Vaccination in the Punjab 1867-1880 - 1867-1880
Year: 1867
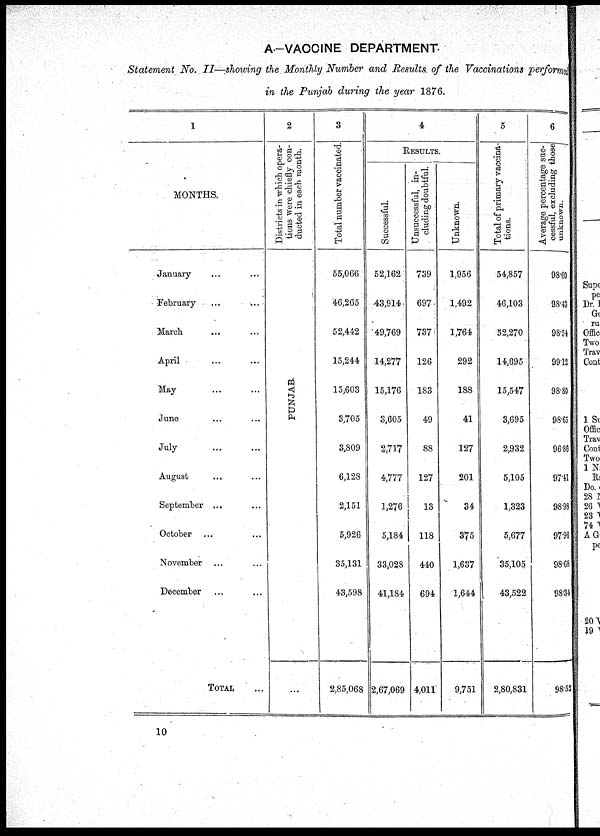
A.-VACCINE DEPARTMENT.
Statement No. II—showing the Monthly Number and Results of the Vaccinations performed
in the Punjab during the year 1876.
1
MONTHS
January ... ...
February ... ...
March ... ...
April ... ...
May ... ...
June ... ...
July ... ...
August ... ...
September ...
...
October ... ...
November ... ...
December ... ...
TOTAL. ...
2
Districts in which opera-
tions were chiefly con-
ducted in each month.
PUNJAB.
...
3
Total number vaccinated.
55,066
46,265
52,442
15,244
15,603
3,705
3,809
6,128
2,151
5,926
35,131
43,598
2,85,068
4
RESULTS.
Successful.
52,162
43,914
49,769
14,277
15,176
3,605
2,717
4,777
1,276
5,184
33,028
41,184
2,67,069
Unsuccessful, in-
cluding doubtful.
739
697
737
126
183
49
88
127
13
118
440
694
4,011
Unknown.
1,956
1,492
1,764
292
188
41
127
201
34
375
1,637
1,644
9,751
5
Total of primary vaccina-
tions.
54,857
46,103
52,270
14,695
15,547
3,695
2,932
5,105
1,323
5,677
35,105
43,522
2,80,831
6
Average percentage suc-
cessful, excluding those
unknown.
98.60
98.43
98.54
99.12
98.80
98.65
96.86
97.41
98.98
97.96
98.68
98.34
98.52
10